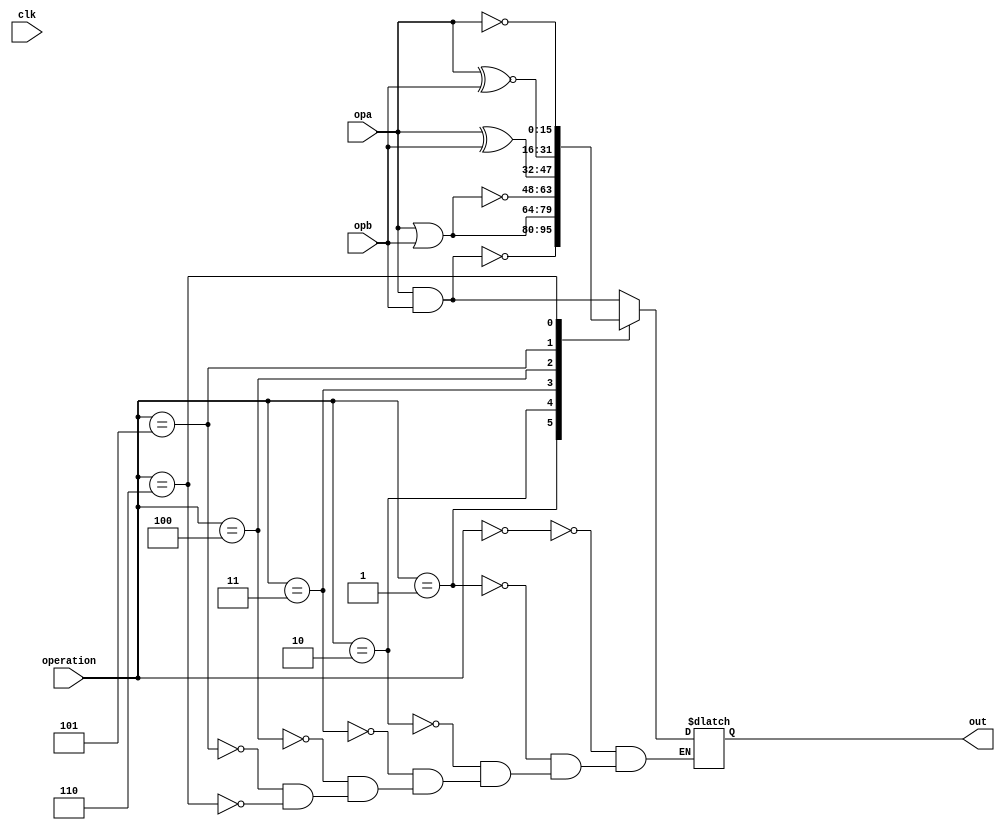
// Bayley King, Bryan Kanu, Zach Hadden
// Embedded Systems final project
// Logic operations on 64-bit inputs

`timescale 1ns / 100ps

module int_log(clk, operation, opa, opb, out);
input       clk;
input       [2:0] operation; 
input       [15:0]  opa, opb;
output      [15:0]  out;      

reg         [15:0]  out_temp; 

always @ (clk) begin
    
    case (operation)

    3'b000: out_temp <= opa & opb;       // A and B
    3'b001: out_temp <= ~(opa & opb);    // A nand B
    3'b010: out_temp <= opa | opb;       // A or B
    3'b011: out_temp <= ~(opa | opb);    // A nor B
    3'b100: out_temp <= opa ^ opb;       // A xor B 
    3'b101: out_temp <= (opa ~^ opb);    // A xnor
    3'b110: out_temp <= ~(opa);          // not A
    endcase

end

assign out = out_temp;

endmodule